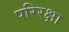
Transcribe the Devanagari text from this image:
परिरक्षा